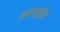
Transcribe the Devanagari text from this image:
मध्यस्तीने